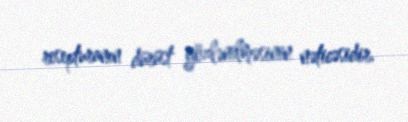
resepturanın dürüst gözlənilməsinin nəticəsidir.